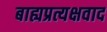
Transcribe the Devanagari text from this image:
बाह्यप्रत्यक्षवाद